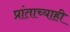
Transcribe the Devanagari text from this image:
प्रांताच्याही